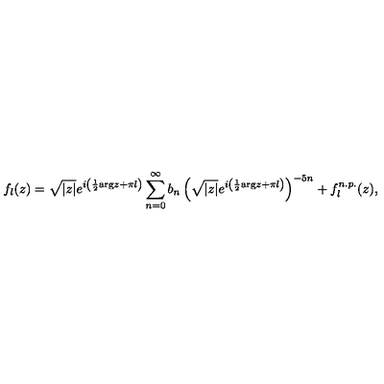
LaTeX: f _ { l } ( z ) = \sqrt { | z | } e ^ { i \left( { \frac { 1 } { 2 } } \mathrm { a r g } z + \pi l \right) } \sum _ { n = 0 } ^ { \infty } b _ { n } \left( \sqrt { | z | } e ^ { i \left( { \frac { 1 } { 2 } } \mathrm { a r g } z + \pi l \right) } \right) ^ { - 5 n } + f _ { l } ^ { n . p . } ( z ) ,